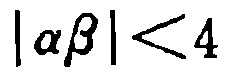
\(\vert \alpha\beta\vert<4\)